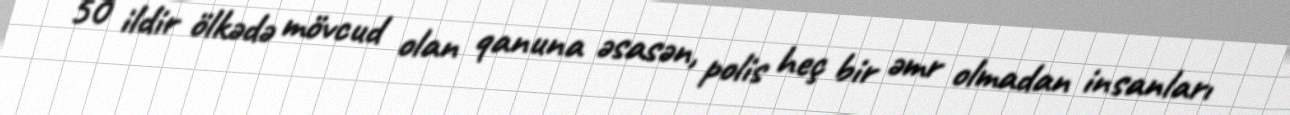
50 ildir ölkədə mövcud olan qanuna əsasən, polis heç bir əmr olmadan insanları